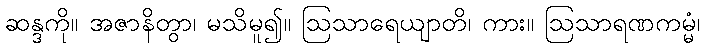
ဆန္ဒကို။ အဇာနိတွာ၊ မသိမူ၍။ ဩသာရေယျာတိ၊ ကား။ ဩသာရဏကမ္မံ၊